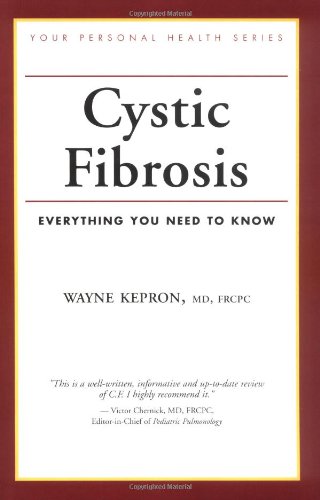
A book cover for Cystic Fibrosis: Everything You Need To Know (Your Personal Health); Wayne Kepron; Health, Fitness & Dieting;